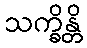
သက္ခိန္တိ